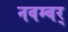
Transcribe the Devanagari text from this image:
नवम्बर्